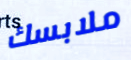
ملابسك